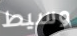
وسيط